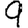
Digit: 9